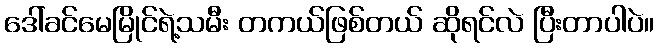
ဒေါ်ခင်မေမြိုင်ရဲ့သမီး တကယ်ဖြစ်တယ် ဆိုရင်လဲ ပြီးတာပါပဲ။